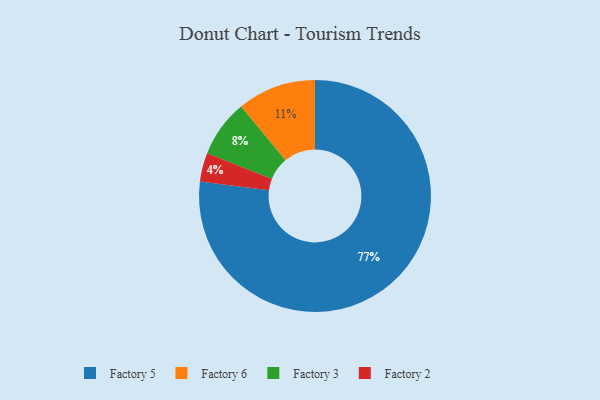
{"axis": {"x": "Category", "y": "Percentage"}, "legend": ["Factory 2", "Factory 3", "Factory 5", "Factory 6"], "data": [{"x": "Factory 3", "y": 8, "type": "Factory 3"}, {"x": "Factory 6", "y": 11, "type": "Factory 6"}, {"x": "Factory 2", "y": 4, "type": "Factory 2"}, {"x": "Factory 5", "y": 77, "type": "Factory 5"}]}